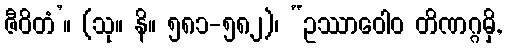
ဇီဝိတံ’။ (သု။ နိ။ ၅၈၁-၅၈၂)၊ “ဥဿာဝေါဝ တိဏဂ္ဂမှိ,